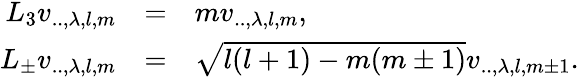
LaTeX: \begin{array}{rcl}{{L_{3}v_{..,\lambda,l,m}}}&{{=}}&{{mv_{..,\lambda,l,m},}}\\ {{L_{\pm}v_{..,\lambda,l,m}}}&{{=}}&{{\sqrt{l(l+1)-m(m\pm 1)}v_{..,\lambda,l,m\pm 1}.}}\end{array}